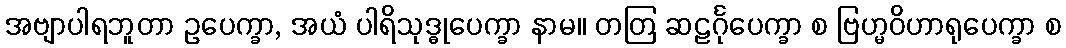
အဗျာပါရဘူတာ ဥပေက္ခာ, အယံ ပါရိသုဒ္ဓုပေက္ခာ နာမ။ တတြ ဆဠင်္ဂုပေက္ခာ စ ဗြဟ္မဝိဟာရုပေက္ခာ စ